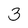
Character: 3